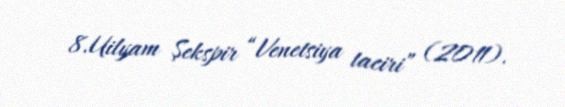
8.Uilyam Şekspir “Venetsiya taciri” (2011).